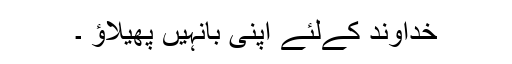
خداوند کےلئے اپنی بانہیں پھیلاﺅ ۔